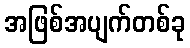
အဖြစ်အပျက်တစ်ခု